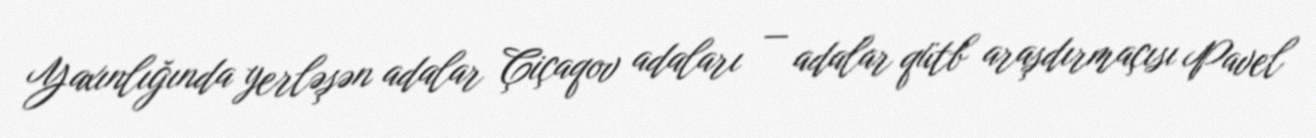
Yaxınlığında yerləşən adalar Çiçaqov adaları — adalar qütb araşdırmaçısı Pavel